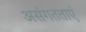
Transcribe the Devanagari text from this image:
असंगतताएं